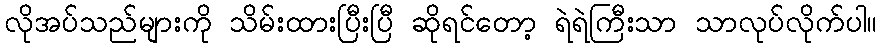
လိုအပ်သည်များကို သိမ်းထားပြီးပြီ ဆိုရင်တော့ ရဲရဲကြီးသာ သာလုပ်လိုက်ပါ။